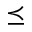
\preceq